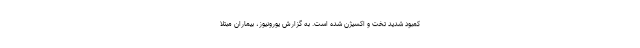
کمبود شدید تخت و اکسیژن شده است. به گزارش یورونیوز، بیماران مبتلا